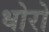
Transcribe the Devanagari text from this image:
धोरो